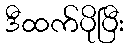
ဒီထက်ပိုပြီး